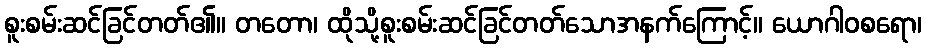
စူးစမ်းဆင်ခြင်တတ်၏။ တတော၊ ထိုသို့စူးစမ်းဆင်ခြင်တတ်သောအနက်ကြောင့်။ ယောဂါဝစရော၊